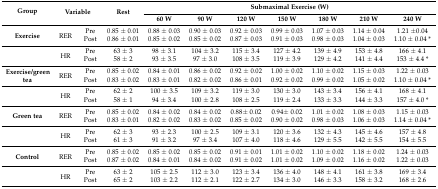
<table><thead><tr><td rowspan="2"><b>Group</b></td><td rowspan="2" colspan="2"><b>Variable</b></td><td rowspan="2"><b>Rest</b></td><td colspan="7"><b>Submaximal Exercise (W)</b></td></tr><tr><td><b>60 W</b></td><td><b>90 W</b></td><td><b>120 W</b></td><td><b>150 W</b></td><td><b>180 W</b></td><td><b>210 W</b></td><td><b>240 W</b></td></tr></thead><tbody><tr><td rowspan="2"><b>Exercise</b></td><td rowspan="2">RER</td><td>Pre</td><td>0.85 ± 0.01</td><td>0.88 ± 0.03</td><td>0.90 ± 0.03</td><td>0.92 ± 0.03</td><td>0.99 ± 0.03</td><td>1.07 ± 0.03</td><td>1.14 ± 0.04</td><td>1.21 ±0.04</td></tr><tr><td>Post</td><td>0.86 ± 0.01</td><td>0.85 ± 0.02</td><td>0.85 ± 0.02</td><td>0.87 ± 0.03</td><td>0.91 ± 0.03</td><td>0.98 ± 0.03</td><td>1.04 ± 0.03</td><td>1.10 ± 0.04 *</td></tr><tr><td></td><td rowspan="2">HR</td><td>Pre</td><td>63 ± 3</td><td>98 ± 3.1</td><td>104 ± 3.2</td><td>115 ± 3.4</td><td>127 ± 4.2</td><td>139 ± 4.9</td><td>153 ± 4.8</td><td>166 ± 4.1</td></tr><tr><td></td><td>Post</td><td>58 ± 2</td><td>93 ± 3.5</td><td>97 ± 3.0</td><td>108 ± 3.5</td><td>119 ± 3.9</td><td>129 ± 4.2</td><td>141 ± 4.4</td><td>153 ± 4.4 *</td></tr><tr><td rowspan="2"><b>Exercise/green tea</b></td><td rowspan="2">RER</td><td>Pre</td><td>0.85 ± 0.02</td><td>0.84 ± 0.01</td><td>0.86 ± 0.02</td><td>0.92 ± 0.02</td><td>1.00 ± 0.02</td><td>1.10 ± 0.02</td><td>1.15 ± 0.03</td><td>1.22 ± 0.03</td></tr><tr><td>Post</td><td>0.83 ± 0.02</td><td>0.83 ± 0.01</td><td>0.82 ± 0.02</td><td>0.86 ± 0.01</td><td>0.92 ± 0.02</td><td>0.99 ± 0.02</td><td>1.05 ± 0.02</td><td>1.10 ± 0.04 *</td></tr><tr><td></td><td rowspan="2">HR</td><td>Pre</td><td>62 ± 2</td><td>100 ± 3.5</td><td>109 ± 3.2</td><td>119 ± 3.0</td><td>130 ± 3.0</td><td>143 ± 3.4</td><td>156 ± 4.1</td><td>168 ± 4.1</td></tr><tr><td></td><td>Post</td><td>58 ± 1</td><td>94 ± 3.4</td><td>100 ± 2.8</td><td>108 ± 2.5</td><td>119 ± 2.4</td><td>133 ± 3.3</td><td>144 ± 3.3</td><td>157 ± 4.0 *</td></tr><tr><td rowspan="2"><b>Green tea</b></td><td rowspan="2">RER</td><td>Pre</td><td>0.85 ± 0.02</td><td>0.84 ± 0.02</td><td>0.84 ± 0.02</td><td>0.88± 0.02</td><td>0.94± 0.02</td><td>1.01 ± 0.02</td><td>1.08 ± 0.03</td><td>1.15 ± 0.03</td></tr><tr><td>Post</td><td>0.83 ± 0.01</td><td>0.82 ± 0.02</td><td>0.83 ± 0.02</td><td>0.85 ± 0.02</td><td>0.90 ± 0.02</td><td>0.98 ± 0.03</td><td>1.06 ± 0.03</td><td>1.14 ± 0.04 *</td></tr><tr><td></td><td rowspan="2">HR</td><td>Pre</td><td>62 ± 3</td><td>93 ± 2.3</td><td>100 ± 2.5</td><td>109 ± 3.1</td><td>120 ± 3.6</td><td>132 ± 4.3</td><td>145 ± 4.6</td><td>157 ± 4.8</td></tr><tr><td></td><td>Post</td><td>61 ± 3</td><td>91 ± 3.2</td><td>97 ± 3.4</td><td>107 ± 4.0</td><td>118 ± 4.6</td><td>129 ± 5.5</td><td>142 ± 5.5</td><td>154 ± 5.5</td></tr><tr><td rowspan="2"><b>Control</b></td><td rowspan="2">RER</td><td>Pre</td><td>0.85 ± 0.02</td><td>0.85 ± 0.02</td><td>0.85 ± 0.02</td><td>0.91 ± 0.01</td><td>1.01 ± 0.02</td><td>1.10 ± 0.02</td><td>1.18 ± 0.02</td><td>1.24 ± 0.03</td></tr><tr><td>Post</td><td>0.87 ± 0.02</td><td>0.84 ± 0.01</td><td>0.84 ± 0.02</td><td>0.91 ± 0.02</td><td>1.01 ± 0.02</td><td>1.09 ± 0.02</td><td>1.16 ± 0.02</td><td>1.22 ± 0.03</td></tr><tr><td></td><td rowspan="2">HR</td><td>Pre</td><td>63 ± 2</td><td>105 ± 2.5</td><td>112 ± 3.0</td><td>123 ± 3.4</td><td>136 ± 4.0</td><td>148 ± 4.1</td><td>161 ± 3.8</td><td>169 ± 3.4</td></tr><tr><td></td><td>Post</td><td>65 ± 2</td><td>103 ± 2.2</td><td>112 ± 2.1</td><td>122 ± 2.7</td><td>134 ± 3.0</td><td>146 ± 3.3</td><td>158 ± 3.2</td><td>168 ± 2.6</td></tr></tbody></table>